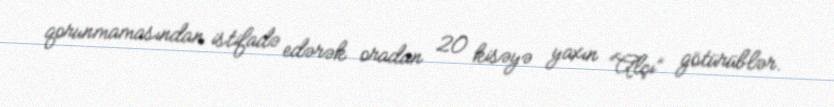
qorunmamasından istifadə edərək oradan 20 kisəyə yaxın “Alçı” götürüblər.